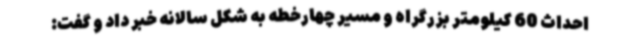
احداث 60 کیلومتر بزرگراه و مسیر چهارخطه به شکل سالانه خبر داد و گفت: